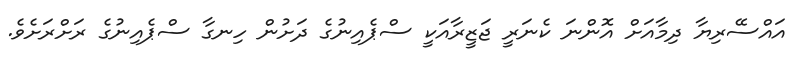
އައްސޭރިޔާ ދިމާއަށް އޮންނަ ކެނަރީ ޖަޒީރާއަކީ ސްޕެއިނުގެ ދަށުން ހިނގާ ސްޕެއިނުގެ ރަށްރަށެވެ.